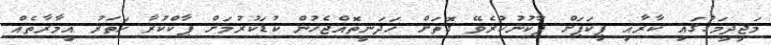
މަޖީދީމަގުގައި ކާރާއި ޕިކަޕަށް ޕާކުނުކުރެވޭ ގޮތަށް ހަދަނީތޮއްޖެހުން ކުޑަކުރުމަށް ޕާކްކުރާ ހަތަރު އިމާރާތެއް